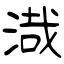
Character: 渽